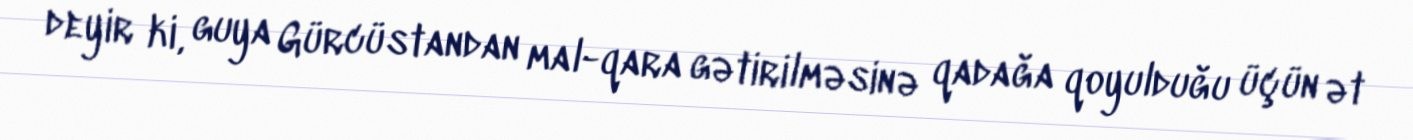
deyir ki, guya Gürcüstandan mal-qara gətirilməsinə qadağa qoyulduğu üçün ət